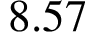
8 . 5 7